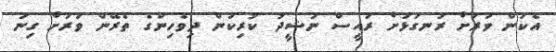
އެކަން ވަރަށް ރަނގަޅަށް ރައީސް ނަޝީދު ކުރިކަން ދިވެހިންގެ ތެރޭން ވަރަށް ގިނަ